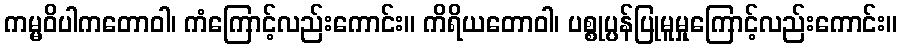
ကမ္မဝိပါကတောဝါ၊ ကံကြောင့်လည်းကောင်း။ ကိရိယတောဝါ၊ ပစ္စုပ္ပန်ပြုမူမှုကြောင့်လည်းကောင်း။